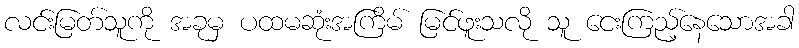
လင်းမြတ်သူကို အခုမှ ပထမဆုံးအကြိမ် မြင်ဖူးသလို သူ ငေးကြည့်နေသောအခါ